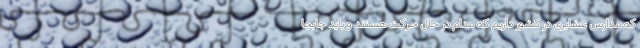
که مدارس عشایری در کشور داریم که مدام در حال حرکت هستند و باید جابجا